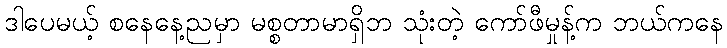
ဒါပေမယ့် စနေနေ့ညမှာ မစ္စတာမာရှိဘ သုံးတဲ့ ကော်ဖီမှုန့်က ဘယ်ကနေ